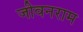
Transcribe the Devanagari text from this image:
जीवनराम